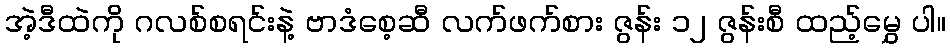
အဲ့ဒီထဲကို ဂလစ်စရင်းနဲ့ ဗာဒံစေ့ဆီ လက်ဖက်စား ဇွန်း ၁၂ ဇွန်းစီ ထည့်မွှေ ပါ။